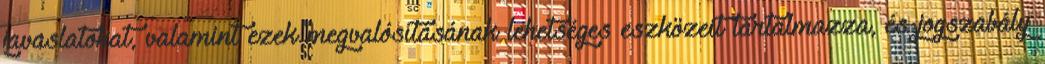
javaslatokat, valamint ezek megvalósításának lehetséges eszközeit tartalmazza, és jogszabály